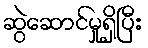
ဆွဲဆောင်မှုရှိပြီး